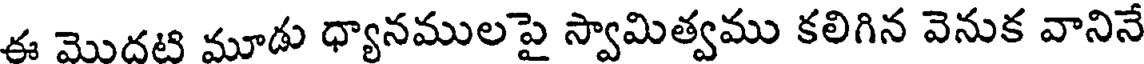
ఈ మొదటి మూడు ధ్యానములపై స్వామిత్వము కలిగిన వెనుక వానినే